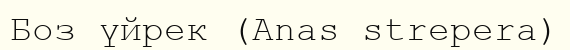
Боз үйрек (Anas strepera)